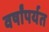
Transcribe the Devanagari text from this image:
वर्षांपर्यत